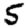
Digit: 5